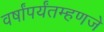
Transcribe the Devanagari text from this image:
वर्षांपर्यंतम्हणजे